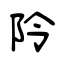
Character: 阾